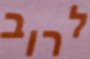
לרוב